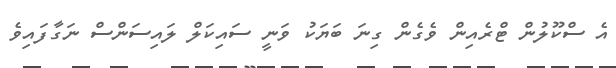
އެ ސްކޫލުން ޓްރެއިން ވެގެން ގިނަ ބަޔަކު ވަނީ ސައިކަލް ލައިސަންސް ނަގާފައިވެ